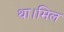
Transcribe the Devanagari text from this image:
था।मिल